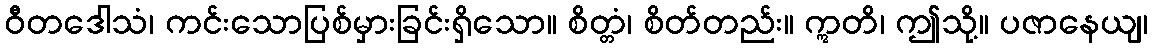
ဝီတဒေါသံ၊ ကင်းသောပြစ်မှားခြင်းရှိသော။ စိတ္တံ၊ စိတ်တည်း။ ဣတိ၊ ဤသို့။ ပဇာနေယျ၊